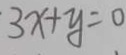
3 x + y = 0